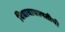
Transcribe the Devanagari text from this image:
विद्यावाचस्पतीची